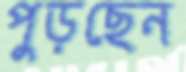
পুড়ছেন